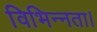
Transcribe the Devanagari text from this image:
विभिन्नता।